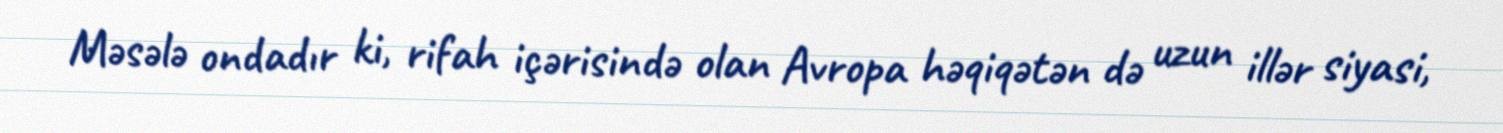
Məsələ ondadır ki, rifah içərisində olan Avropa həqiqətən də uzun illər siyasi,